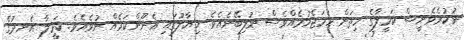
ނުކުރެވެނީސް ކަމީލާގެ ހިތަށް ހަމަޖެހުމެއްވެސް ނުލިބޭނެއެވެ. ޚިޔާލުގައި އެނޫންކަމެއް ނުވެއެވެ. ކަމީލާ އެނދުގެ